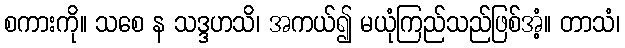
စကားကို။ သစေ န သဒ္ဒဟသိ၊ အကယ်၍ မယုံကြည်သည်ဖြစ်အံ့။ တာသံ၊